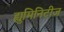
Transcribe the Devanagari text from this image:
ह्युमिनिटीज